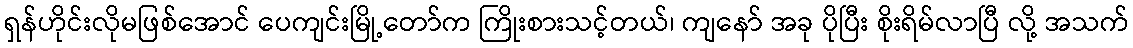
ရှန်ဟိုင်းလိုမဖြစ်အောင် ပေကျင်းမြို့တော်က ကြိုးစားသင့်တယ်၊ ကျနော် အခု ပိုပြီး စိုးရိမ်လာပြီ လို့ အသက်